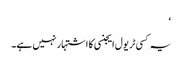
‘
یہ کسی ٹریول ایجنسی کا اشتہار نہیں ہے۔